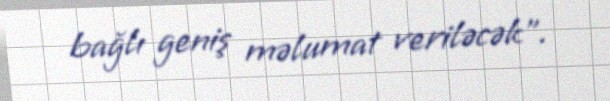
bağlı geniş məlumat veriləcək".